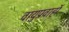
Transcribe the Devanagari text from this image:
वायुप्रवाहों